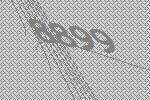
8899